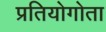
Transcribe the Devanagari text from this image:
प्रतियोगोता